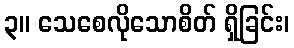
၃။ သေစေလိုသောစိတ် ရှိခြင်း၊